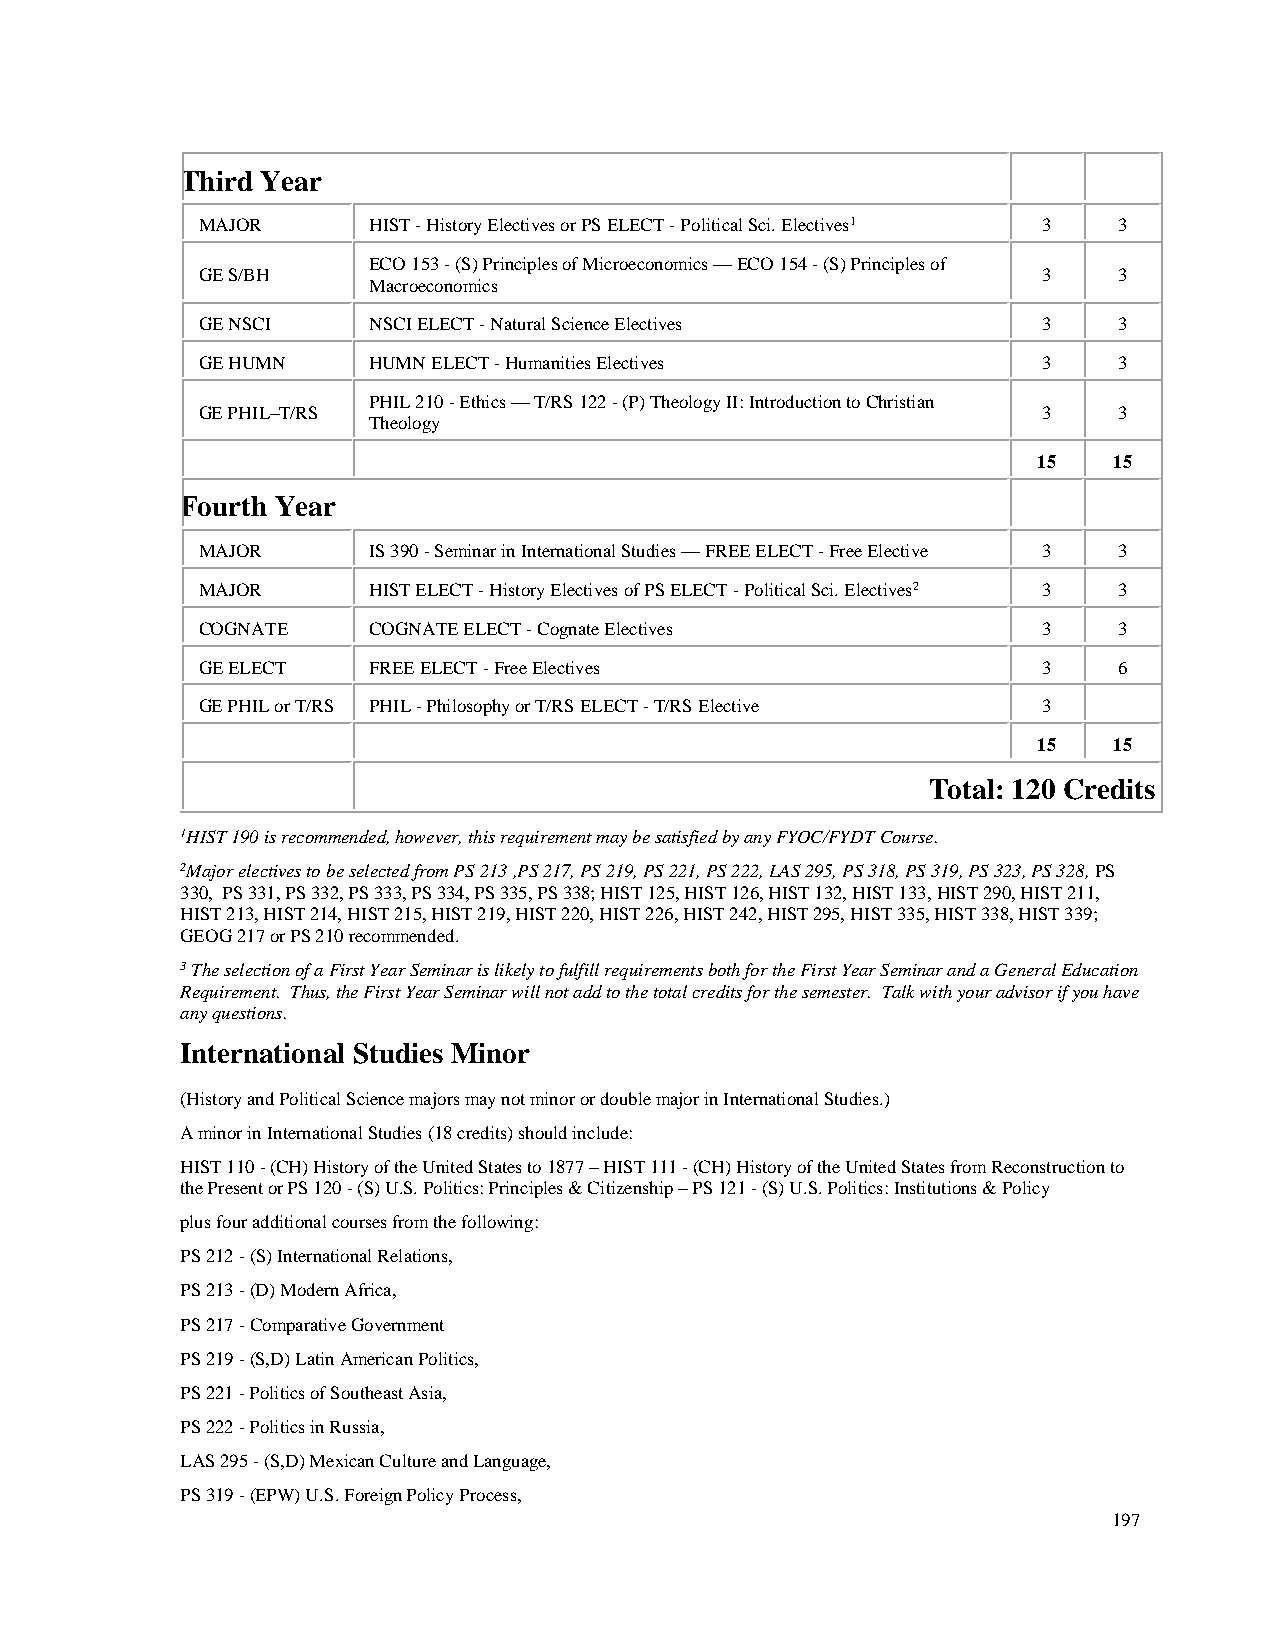
Third Year
 MAJOR      HIST - History Electives or PS ELECT - Political Sci. Electives1 3 3
 ECO 153 - (S) Principles of Microeconomics — ECO 154 - (S) Principles of
 GE S/BH                                                 3    3
 Macroeconomics
 GE NSCI    NSCI ELECT - Natural Science Electives       3    3
 GE HUMN    HUMN ELECT - Humanities Electives            3    3
 PHIL 210 - Ethics — T/RS 122 - (P) Theology II: Introduction to Christian
 GE PHIL–T/RS                                            3    3
 Theology
 15   15
 Fourth Year
 MAJOR      IS 390 - Seminar in International Studies — FREE ELECT - Free Elective 3 3
 MAJOR      HIST ELECT - History Electives of PS ELECT - Political Sci. Electives2 3 3
 COGNATE    COGNATE ELECT - Cognate Electives            3    3
 GE ELECT   FREE ELECT - Free Electives                  3    6
 GE PHIL or T/RS PHIL - Philosophy or T/RS ELECT - T/RS Elective 3
 15   15
 Total: 120 Credits
 1HIST 190 is recommended, however, this requirement may be satisfied by any FYOC/FYDT Course.
 2Major electives to be selected from PS 213 ,PS 217, PS 219, PS 221, PS 222, LAS 295, PS 318, PS 319, PS 323, PS 328, PS
 330, PS 331, PS 332, PS 333, PS 334, PS 335, PS 338; HIST 125, HIST 126, HIST 132, HIST 133, HIST 290, HIST 211,
 HIST 213, HIST 214, HIST 215, HIST 219, HIST 220, HIST 226, HIST 242, HIST 295, HIST 335, HIST 338, HIST 339;
 GEOG 217 or PS 210 recommended.
 3 The selection of a First Year Seminar is likely to fulfill requirements both for the First Year Seminar and a General Education
 Requirement. Thus, the First Year Seminar will not add to the total credits for the semester. Talk with your advisor if you have
 any questions.
 International Studies Minor
 (History and Political Science majors may not minor or double major in International Studies.)
 A minor in International Studies (18 credits) should include:
 HIST 110 - (CH) History of the United States to 1877 – HIST 111 - (CH) History of the United States from Reconstruction to
 the Present or PS 120 - (S) U.S. Politics: Principles & Citizenship – PS 121 - (S) U.S. Politics: Institutions & Policy
 plus four additional courses from the following:
 PS 212 - (S) International Relations,
 PS 213 - (D) Modern Africa,
 PS 217 - Comparative Government
 PS 219 - (S,D) Latin American Politics,
 PS 221 - Politics of Southeast Asia,
 PS 222 - Politics in Russia,
 LAS 295 - (S,D) Mexican Culture and Language,
 PS 319 - (EPW) U.S. Foreign Policy Process,
 197